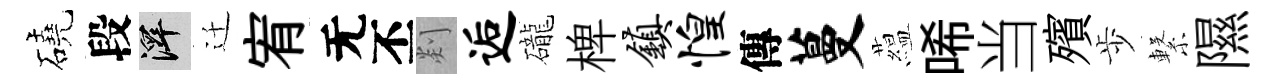
磽段澤迁宥无丕剡逅礲椑镇惶傳蔓藴唏当殯歩繋隰